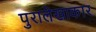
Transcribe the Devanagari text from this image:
पुरालेखाकार